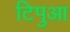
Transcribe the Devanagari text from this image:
टिपुआ